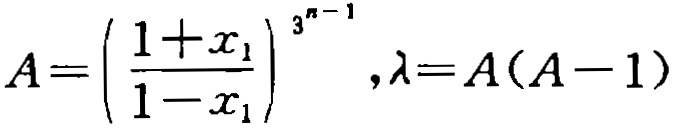
\[A=\left(\frac{1 + x_1}{1 - x_1}\right)^{3^{n - 1}},\lambda=A(A - 1)\]